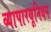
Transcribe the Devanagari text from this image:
व्यापारयूनियन